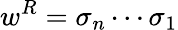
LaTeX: w^{R}=\sigma_{n}\cdots\sigma_{1}